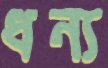
ধন্য